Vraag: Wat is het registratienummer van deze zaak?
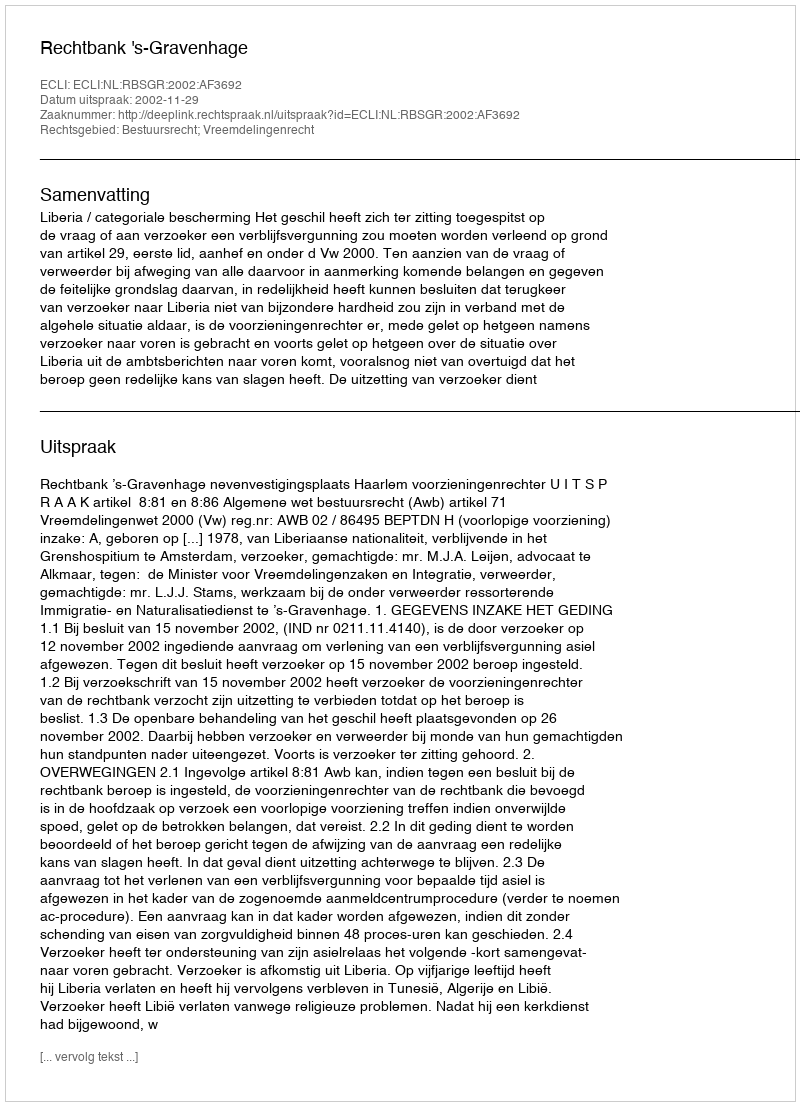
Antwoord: http://deeplink.rechtspraak.nl/uitspraak?id=ECLI:NL:RBSGR:2002:AF3692